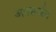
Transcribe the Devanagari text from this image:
अपसर्जन